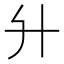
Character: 𦫵